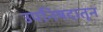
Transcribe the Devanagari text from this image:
उपनिषदातून